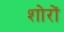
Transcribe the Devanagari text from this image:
शोरों